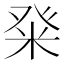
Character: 𭽀